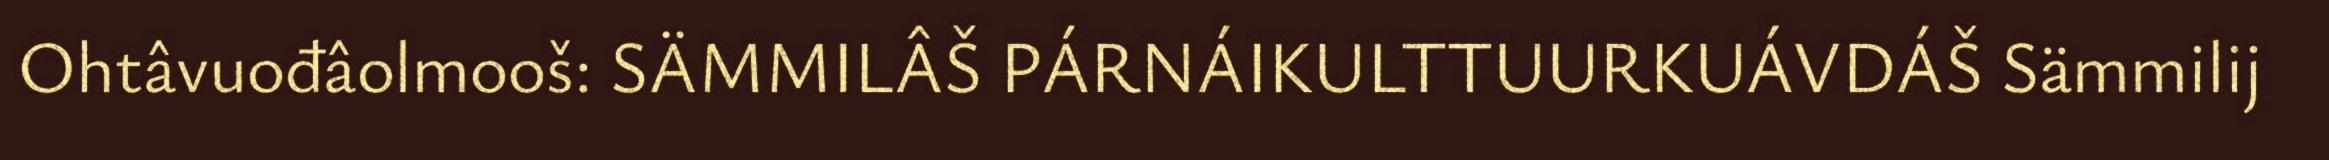
Ohtâvuođâolmooš: SÄMMILÂŠ PÁRNÁIKULTTUURKUÁVDÁŠ Sämmilij